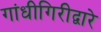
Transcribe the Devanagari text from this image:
गांधीगिरीद्वारे